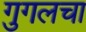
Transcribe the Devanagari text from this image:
गुगलचा